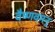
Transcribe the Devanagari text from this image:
वैष्णवमनु